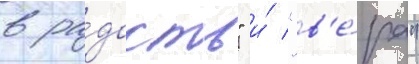
в ра́дость" и́ "в'е́ра"